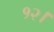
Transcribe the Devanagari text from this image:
१२।